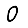
Digit: 0